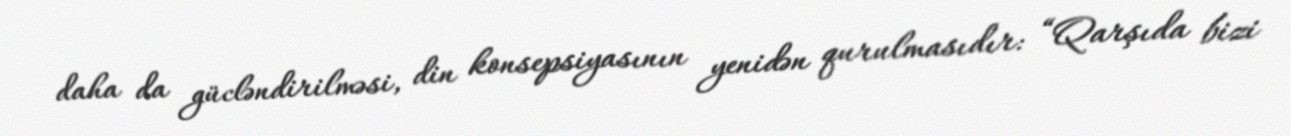
daha da gücləndirilməsi, din konsepsiyasının yenidən qurulmasıdır: “Qarşıda bizi